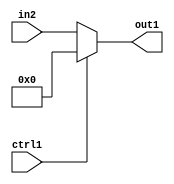
`timescale 1ps / 1ps
/*****************************************************************************
    Verilog RTL Description
    
    
    Created by: Stratus DpOpt 2019.1.01 
*******************************************************************************/

module avg_pool_N_Mux_8_2_5_4 (
	in2,
	ctrl1,
	out1
	); /* architecture "behavioural" */ 
input [7:0] in2;
input  ctrl1;
output [7:0] out1;
wire [7:0] asc001;

reg [7:0] asc001_tmp_0;
assign asc001 = asc001_tmp_0;
always @ (ctrl1 or in2) begin
	case (ctrl1)
		1'B1 : asc001_tmp_0 = 8'B00000000 ;
		default : asc001_tmp_0 = in2 ;
	endcase
end

assign out1 = asc001;
endmodule

/* CADENCE  uLXxTgE= : u9/ySgnWtBlWxVPRXgAZ4Og= ** DO NOT EDIT THIS LINE ******/